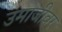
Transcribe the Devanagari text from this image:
उमाजीवर